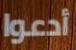
أدعوا